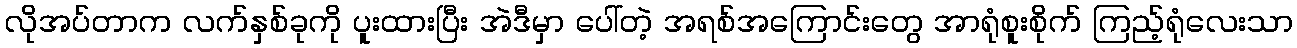
လိုအပ်တာက လက်နှစ်ခုကို ပူးထားပြီး အဲဒီမှာ ပေါ်တဲ့ အရစ်အကြောင်းတွေ အာရုံစူးစိုက် ကြည့်ရုံလေးသာ